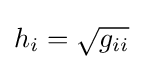
h_{i}={\sqrt {g_{ii}}}